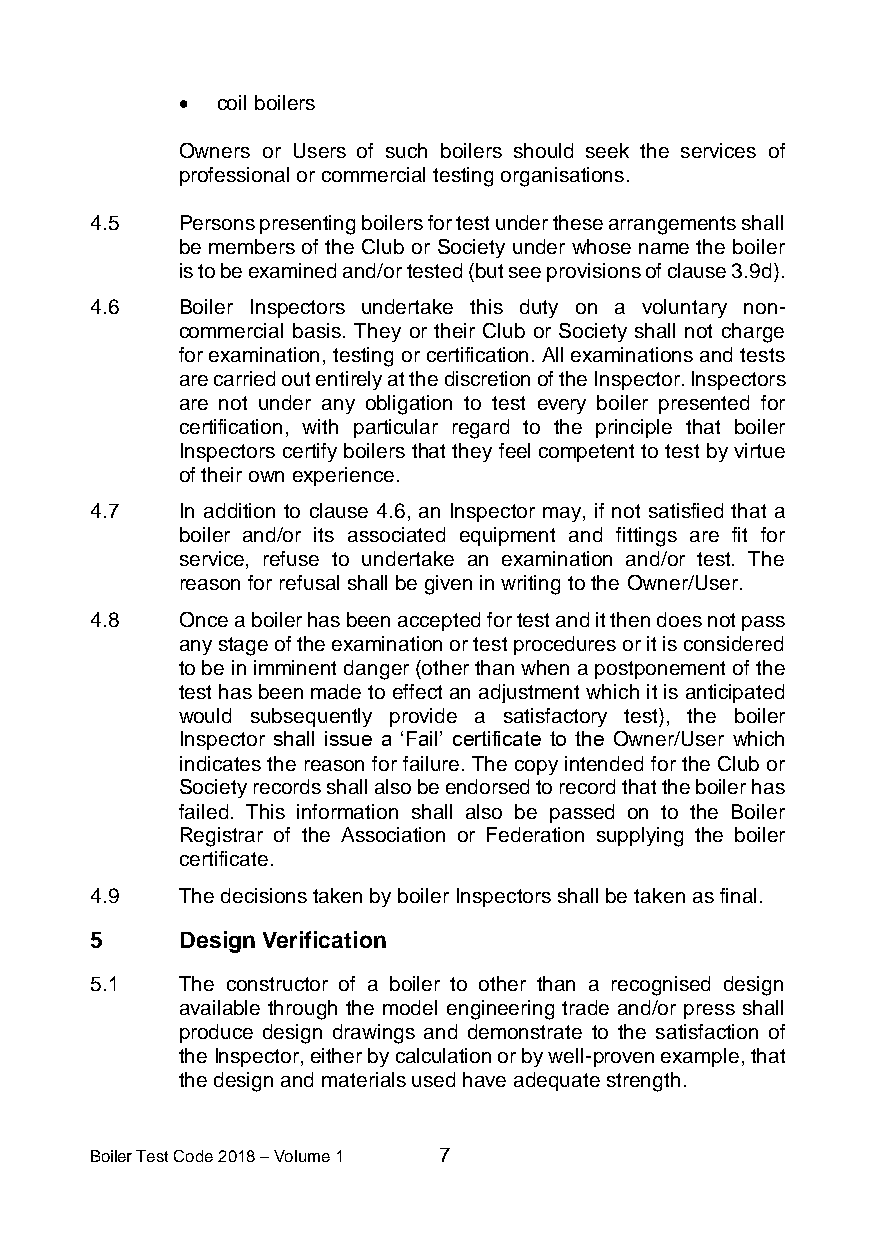
• coil boilers
 Owners or Users of such boilers should seek the services of
 professional or commercial testing organisations.
 4.5   Persons presenting boilers for test under these arrangements shall
 be members of the Club or Society under whose name the boiler
 is to be examined and/or tested (but see provisions of clause 3.9d).
 4.6   Boiler Inspectors undertake this duty on a voluntary non-
 commercial basis. They or their Club or Society shall not charge
 for examination, testing or certification. All examinations and tests
 are carried out entirely at the discretion of the Inspector. Inspectors
 are not under any obligation to test every boiler presented for
 certification, with particular regard to the principle that boiler
 Inspectors certify boilers that they feel competent to test by virtue
 of their own experience.
 4.7   In addition to clause 4.6, an Inspector may, if not satisfied that a
 boiler and/or its associated equipment and fittings are fit for
 service, refuse to undertake an examination and/or test. The
 reason for refusal shall be given in writing to the Owner/User.
 4.8   Once a boiler has been accepted for test and it then does not pass
 any stage of the examination or test procedures or it is considered
 to be in imminent danger (other than when a postponement of the
 test has been made to effect an adjustment which it is anticipated
 would subsequently provide a satisfactory test), the boiler
 Inspector shall issue a ‘Fail’ certificate to the Owner/User which
 indicates the reason for failure. The copy intended for the Club or
 Society records shall also be endorsed to record that the boiler has
 failed. This information shall also be passed on to the Boiler
 Registrar of the Association or Federation supplying the boiler
 certificate.
 4.9   The decisions taken by boiler Inspectors shall be taken as final.
 5     Design Verification
 5.1   The constructor of a boiler to other than a recognised design
 available through the model engineering trade and/or press shall
 produce design drawings and demonstrate to the satisfaction of
 the Inspector, either by calculation or by well-proven example, that
 the design and materials used have adequate strength.
 Boiler Test Code 2018 – Volume 1 7